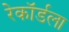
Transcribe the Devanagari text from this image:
रेकॉर्डला